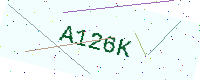
Text: A126K